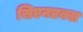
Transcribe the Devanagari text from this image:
सिएनएक्स